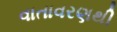
વાતાવરણથી